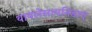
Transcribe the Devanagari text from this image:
थायलेसायनिडाए